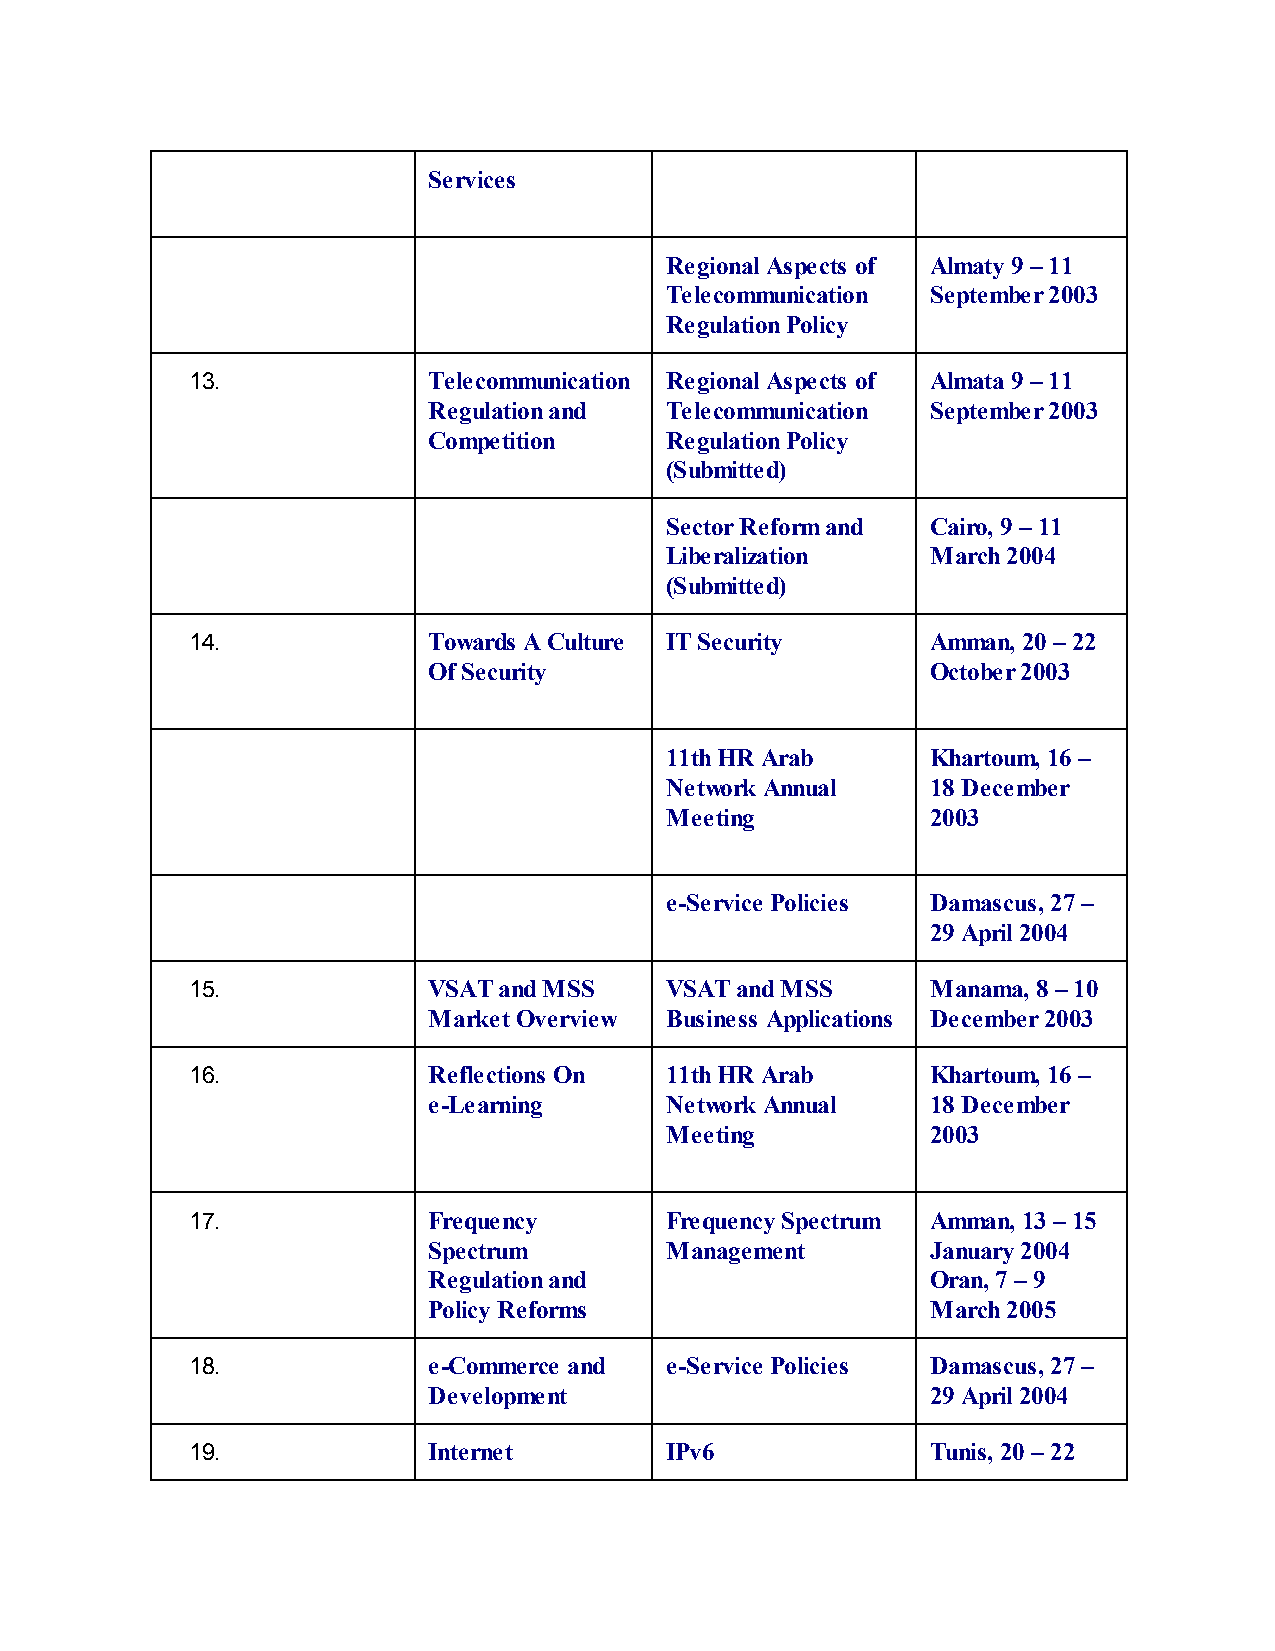
Services
 Regional Aspects of Almaty 9 – 11
 Telecommunication September 2003
 Regulation Policy
 13.            Telecommunication Regional Aspects of Almata 9 – 11
 Regulation and  Telecommunication September 2003
 Competition     Regulation Policy
 (Submitted)
 Sector Reform and Cairo, 9 – 11
 Liberalization    March 2004
 (Submitted)
 14.            Towards A Culture IT Security     Amman, 20 – 22
 Of Security                       October 2003
 11th HR Arab      Khartoum, 16 –
 Network Annual    18 December
 Meeting           2003
 e-Service Policies Damascus, 27 –
 29 April 2004
 15.            VSAT and MSS    VSAT and MSS      Manama, 8 – 10
 Market Overview Business Applications December 2003
 16.            Reflections On  11th HR Arab      Khartoum, 16 –
 e-Learning      Network Annual    18 December
 Meeting           2003
 17.            Frequency       Frequency Spectrum Amman, 13 – 15
 Spectrum        Management        January 2004
 Regulation and                    Oran, 7 – 9
 Policy Reforms                    March 2005
 18.            e-Commerce and  e-Service Policies Damascus, 27 –
 Development                       29 April 2004
 19.            Internet        IPv6              Tunis, 20 – 22